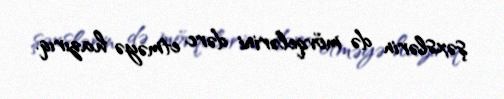
şəxslərin də mövqelərini dərc etməyə hazırıq.